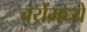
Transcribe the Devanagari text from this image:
चर्येमध्ये